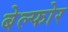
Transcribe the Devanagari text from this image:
बेल्फोर